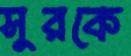
সুরকে